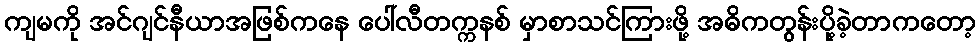
ကျမကို အင်ဂျင်နီယာအဖြစ်ကနေ ပေါ်လီတက္ကနစ် မှာစာသင်ကြားဖို့ အဓိကတွန်းပို့ခဲ့တာကတော့